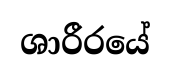
ශාරීරයේ